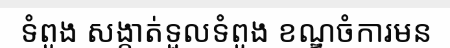
ទំពូង សង្កាត់ទួលទំពូង ខណ្ឌចំការមន